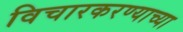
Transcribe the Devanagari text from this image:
विचारकरण्याच्या